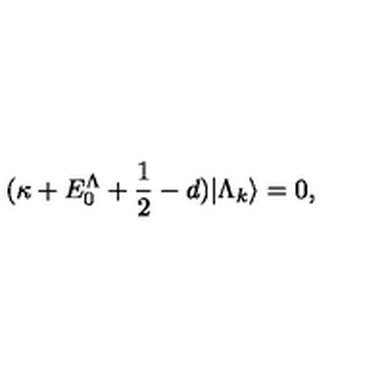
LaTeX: ( \kappa + E _ { 0 } ^ { \Lambda } + \frac { 1 } { 2 } - d ) | \Lambda _ { k } \rangle = 0 ,